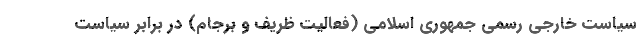
سیاست خارجی رسمی جمهوری اسلامی (فعالیت ظریف و برجام) در برابر سیاست